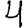
Digit: 4